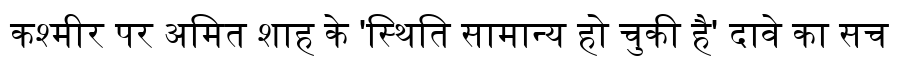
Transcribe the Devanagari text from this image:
कश्मीर पर अमित शाह के 'स्थिति सामान्य हो चुकी है' दावे का सच